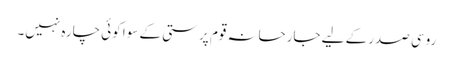
روسی صدر کے لیے جارحانہ قوم پرستی کے سوا کوئی چارہ نہیں۔